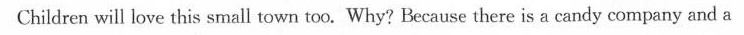
Children will love this small town too. Why? Because there is a candy company and a